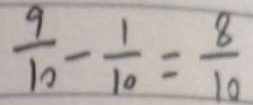
\frac { 9 } { 1 0 } - \frac { 1 } { 1 0 } = \frac { 8 } { 1 0 }